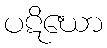
ပဋိဃော